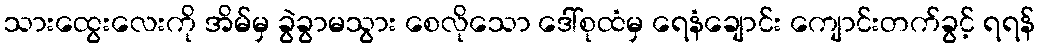
သားထွေးလေးကို အိမ်မှ ခွဲခွာမသွား စေလိုသော ဒေါ်စုထံမှ ရေနံချောင်း ကျောင်းတက်ခွင့် ရရန်